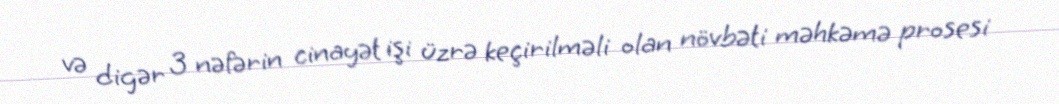
və digər 3 nəfərin cinayət işi üzrə keçirilməli olan növbəti məhkəmə prosesi